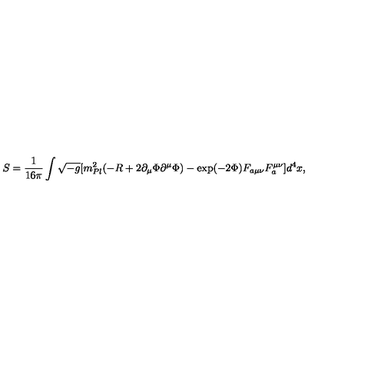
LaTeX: S = \frac { 1 } { 1 6 \pi } \int \sqrt { - g } [ m _ { P l } ^ { 2 } ( - R + 2 \partial _ { \mu } \Phi \partial ^ { \mu } \Phi ) - \exp ( - 2 \Phi ) F _ { a \mu \nu } F _ { a } ^ { \mu \nu } ] d ^ { 4 } x ,